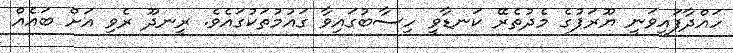
ހައްދާފައިވަނީ ޔޫރަޕުގެ މެދުތެރޭ ކަނޑާވީ ހިސާބުގައިވާ ގައުމުތަކުގައެވެ. ރީނދޫ ރެވި އަށް ބައެއް